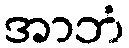
အာဘံ